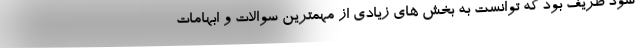
سود ظریف بود که توانست به بخش های زیادی از مهمترین سوالات و ابهامات